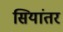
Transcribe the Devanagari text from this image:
सियांतर